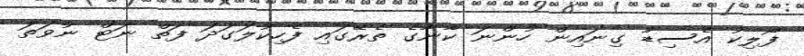
ފޯލިކު އެސިޑު ގިނައިން ހުންނަ ކާނާގެ ތެރޭގައި ފެހިކުލަގަދަ ފަތް ނަޓް ނުވަތަ